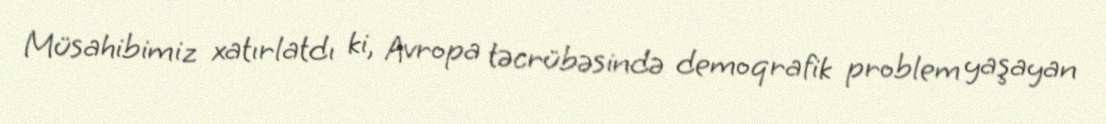
Müsahibimiz xatırlatdı ki, Avropa təcrübəsində demoqrafik problem yaşayan